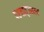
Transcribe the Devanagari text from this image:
पश्‍चात्‌उसका